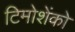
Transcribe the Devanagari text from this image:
टिमोशेंको